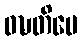
ဝဍ္ဎတိပေ